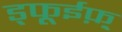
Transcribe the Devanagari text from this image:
ड्फूईफ़़्